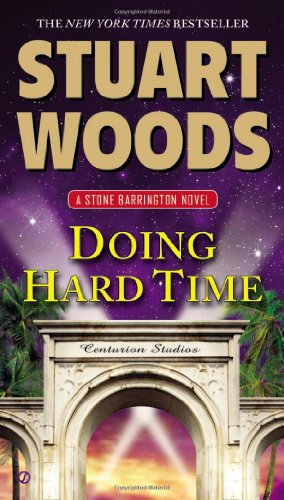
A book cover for Doing Hard Time (A Stone Barrington Novel); Stuart Woods; Mystery, Thriller & Suspense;